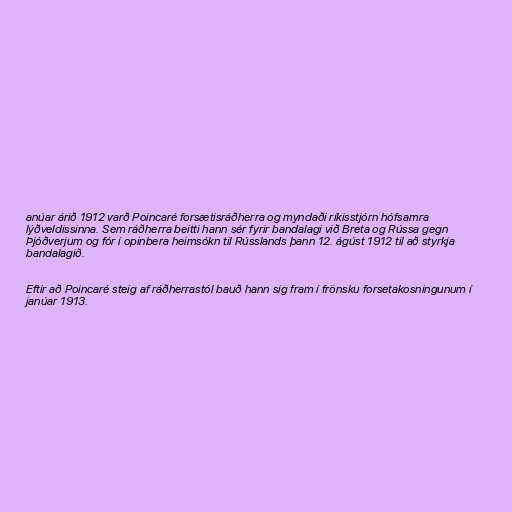
anúar árið 1912 varð Poincaré forsætisráðherra og myndaði ríkisstjórn hófsamra
lýðveldissinna. Sem ráðherra beitti hann sér fyrir bandalagi við Breta og Rússa gegn
Þjóðverjum og fór í opinbera heimsókn til Rússlands þann 12. ágúst 1912 til að styrkja
bandalagið.

Eftir að Poincaré steig af ráðherrastól bauð hann sig fram í frönsku forsetakosningunum í
janúar 1913.